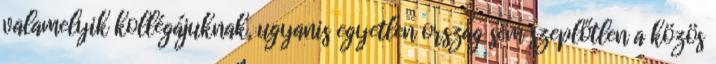
valamelyik kollégájuknak, ugyanis egyetlen ország sem szeplőtlen a közös